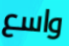
واسع